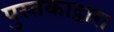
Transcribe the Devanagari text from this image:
पुस्तकाद्वारा